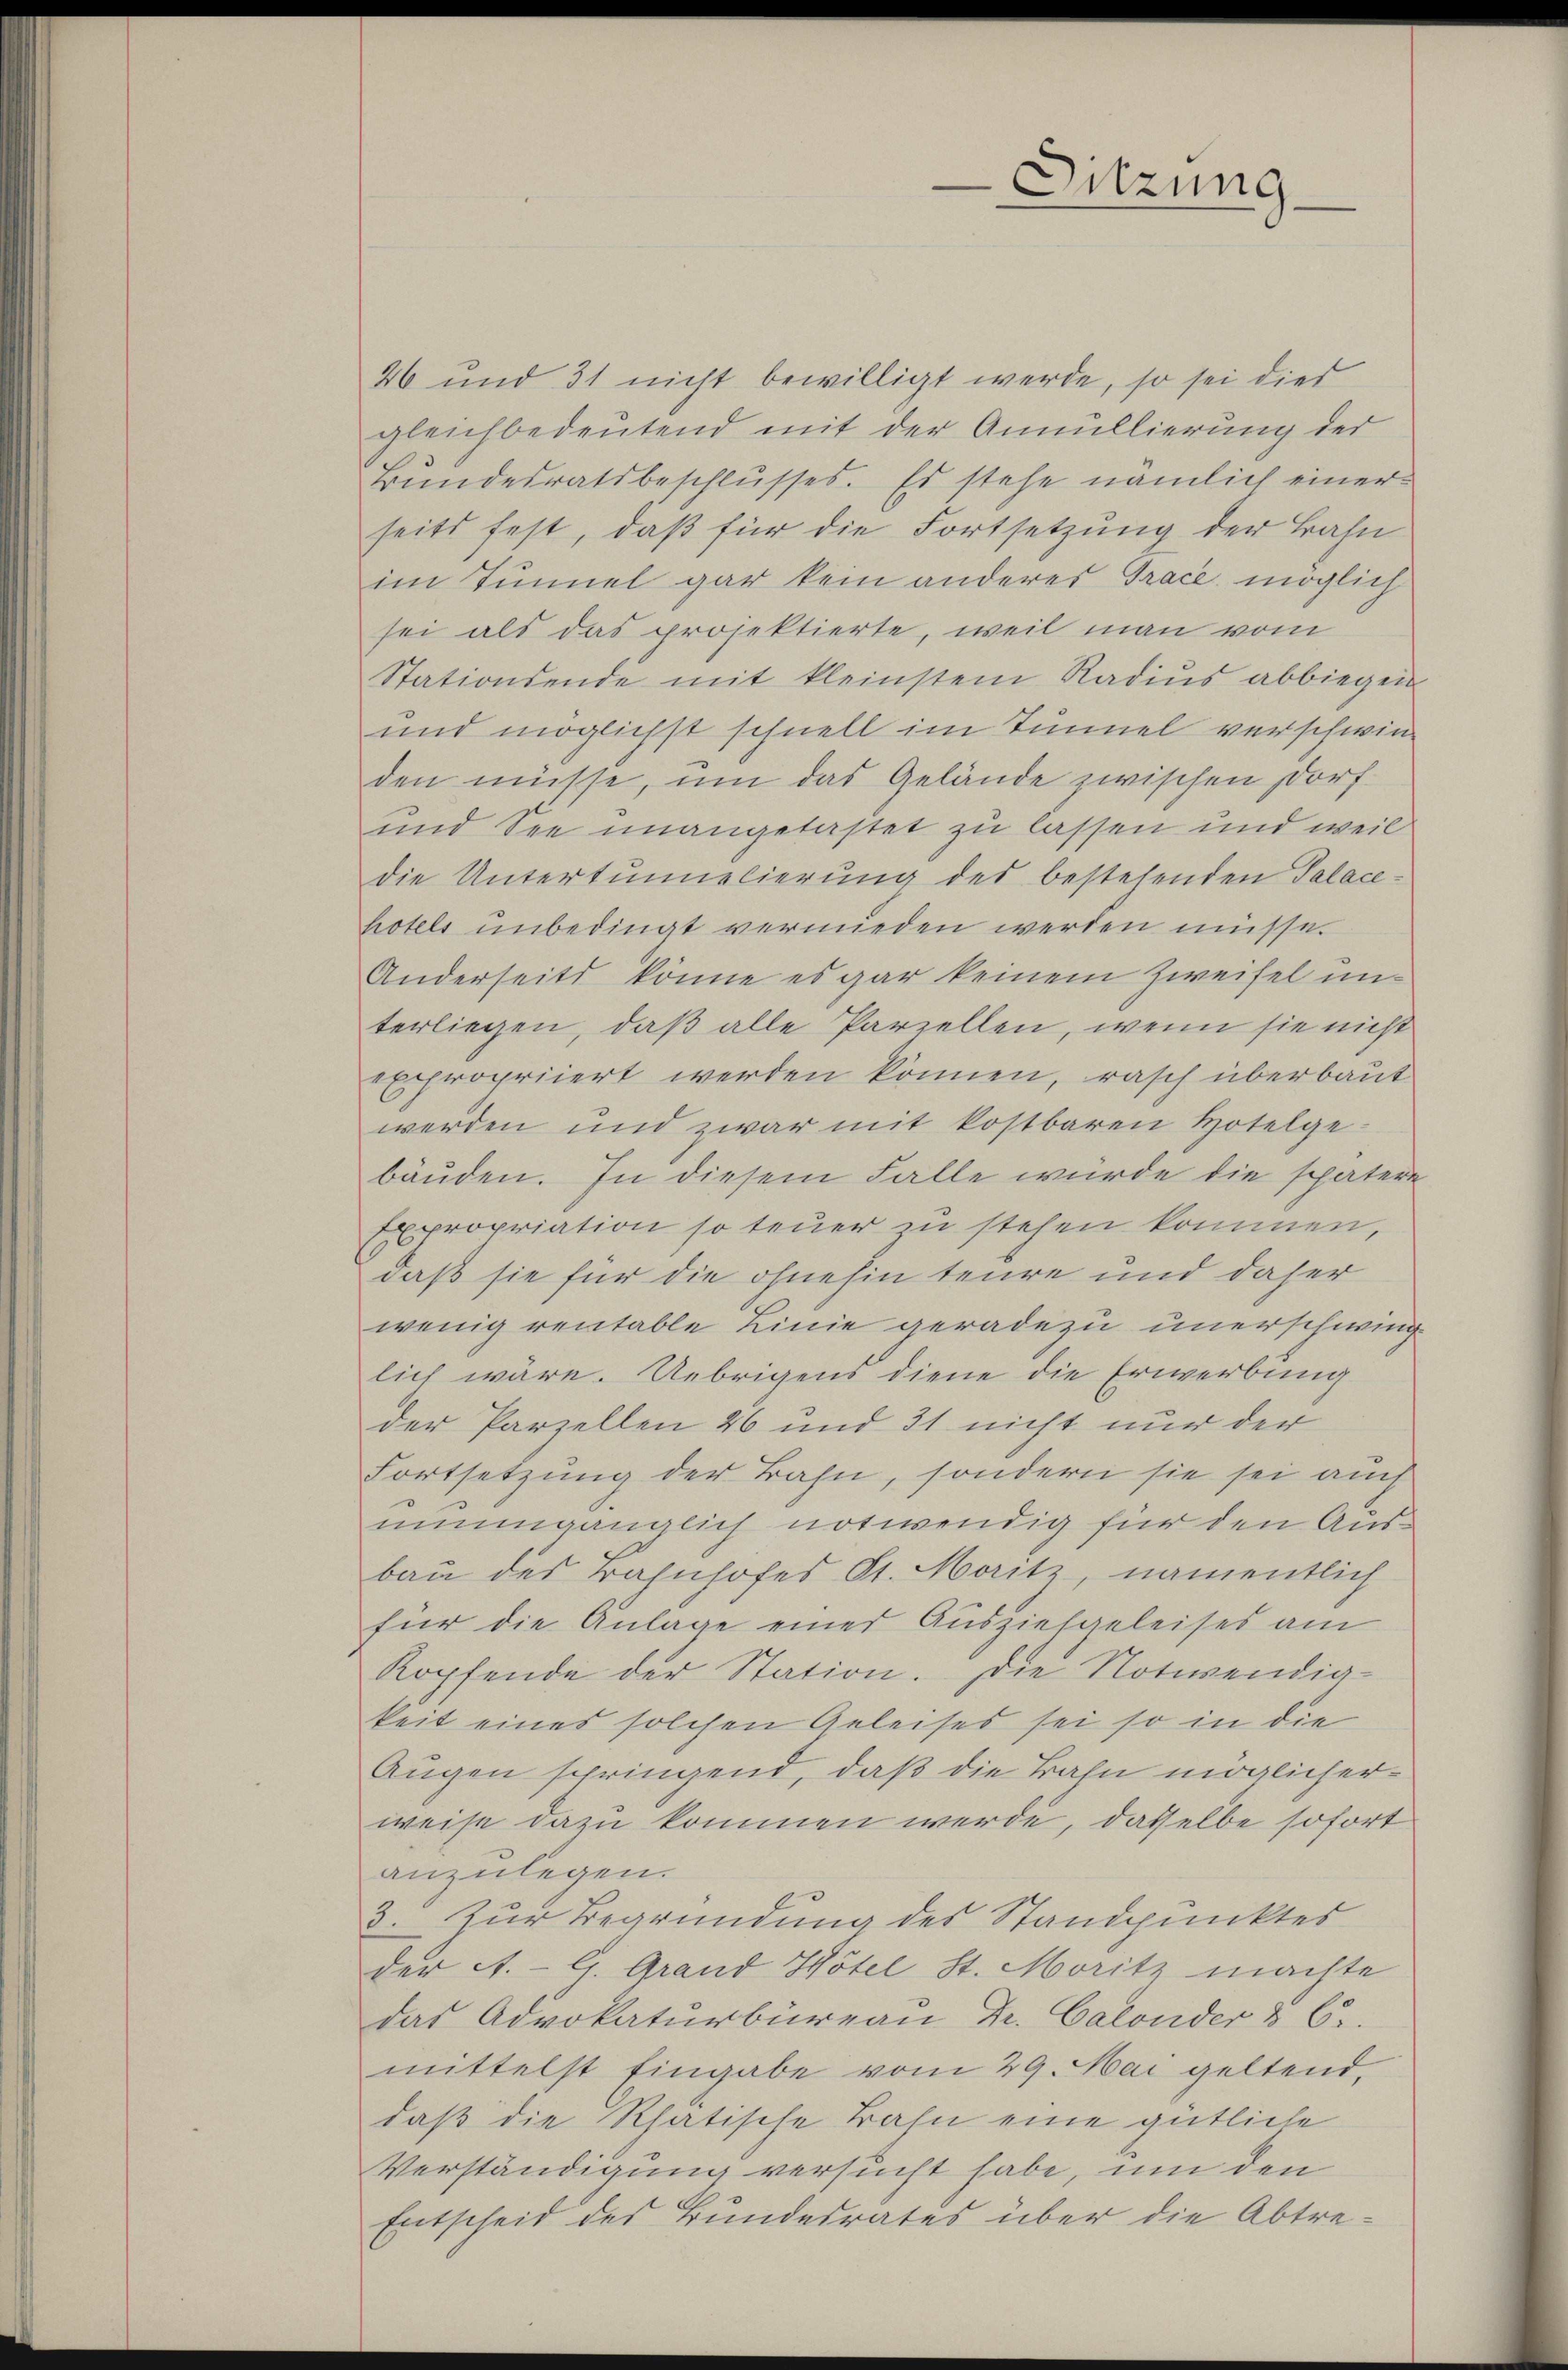
26 und 31 nicht bewilligt werde, so sei dies
gleichbedeutend mit der Annullierung der
Bundesratsbeschlusses. Es stehe nämlich einer
seits fest, daβ für die Fortsetzung der Bahn
im Tunnel gar kein anderes Trace möglich
sei als das projektierte, weil man vom
Stationsende mit kleinstem Radius abbiegen
und möglichst schnell im Tunnel verschwinden müsse, um das Gelände zwischen Dorf-
und See unangetastet zu lassen und weil
die Untertunnelierung des bestehenden Palace-
hotels unbedingt vermieden werden müsse.
Anderseits könne es gar keinem Zweifel unterliegen, daß alle Parzellen, wenn sie nicht
Expropriiert werden können, rasch überbaut
werden und zwar mit kostbaren Hotelgebäuden. In diesem Falle würde die spätere
Expropriation so teuer zu stehen kommen,
daß sie für die ohnehin teure und daher
wenig rentable Linie geradezu unerschwind
lich wäre. Uebrigens diene die Erwerbung
der Parzellen 26 und 31 nicht nur der
Fortsetzung der Bahn, sondern sie sei auch
numgänglich notwendig für den Ausbau des Bahnhofes St. Maitz, namentlich
für die Anlage einer Ausziehgeleises am
Kopfende der Station. Die Notivendia-
keit eines solchen Geleises sei so in die
Augen springend, daß die Bahn möglicherweise dazu kommen werde, dasselbe sofort
anzulegen.
3. Zur Begründung des Standpunktes
der A. G. Grand Hotel St. Moritz machte
das Advokaturbüreau Dr. Calonder & C
mittelst Eingabe vom 29. Mai geltend,
daß die Rhatische Bahn eine gütliche
Verständigung versucht habe, um den
Entscheid des Bundesrates über die Abtre¬

Sitzung